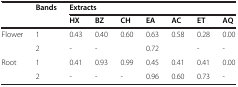
<table><thead><tr><td><b> </b></td><td><b>Bands</b></td><td colspan="7"><b>Extracts</b></td></tr><tr><td><b> </b></td><td><b> </b></td><td><b>HX</b></td><td><b>BZ</b></td><td><b>CH</b></td><td><b>EA</b></td><td><b>AC</b></td><td><b>ET</b></td><td><b>AQ</b></td></tr></thead><tbody><tr><td rowspan="2">Flower</td><td>1</td><td>0.43</td><td>0.40</td><td>0.60</td><td>0.63</td><td>0.58</td><td>0.28</td><td>0.00</td></tr><tr><td>2</td><td>-</td><td>-</td><td> </td><td>0.72</td><td> </td><td>-</td><td>-</td></tr><tr><td>Root</td><td>1</td><td>0.41</td><td>0.93</td><td>0.99</td><td>0.45</td><td>0.41</td><td>0.41</td><td>0.00</td></tr><tr><td> </td><td>2</td><td>-</td><td>-</td><td>-</td><td>0.96</td><td>0.60</td><td>0.73</td><td>-</td></tr></tbody></table>